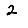
Digit: 2